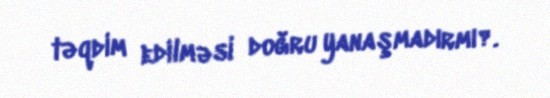
təqdim edilməsi doğru yanaşmadırmı?.